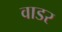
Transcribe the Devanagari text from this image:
वाडर